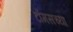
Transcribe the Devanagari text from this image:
टॉमसच्या